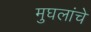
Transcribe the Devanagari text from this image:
मुघलांचे